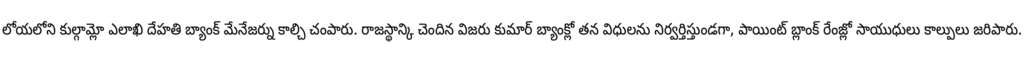
లోయలోని కుల్గామ్లో ఎలాఖి దేహతి బ్యాంక్ మేనేజర్ను కాల్చి చంపారు. రాజస్థాన్కి చెందిన విజరు కుమార్ బ్యాంక్లో తన విధులను నిర్వర్తిస్తుండగా, పాయింట్ బ్లాంక్ రేంజ్లో సాయుధులు కాల్పులు జరిపారు.